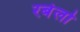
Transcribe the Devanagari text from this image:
रबेलो